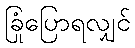
ခြုံပြောရလျှင်